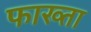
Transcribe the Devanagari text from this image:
फाख्‍ता